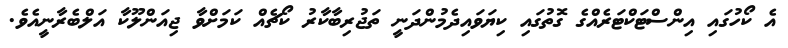
އެ ކޯހުގައި އިންސްޓަކްޓަރެއްގެ ގޮތުގައި ކިޔަވައިދެމުންދަނީ ތަޖުރިބާކާރު ކޯޗެއް ކަމަށްވާ ޖިއަންލޫކާ އަލްބެރާނީއެވެ.